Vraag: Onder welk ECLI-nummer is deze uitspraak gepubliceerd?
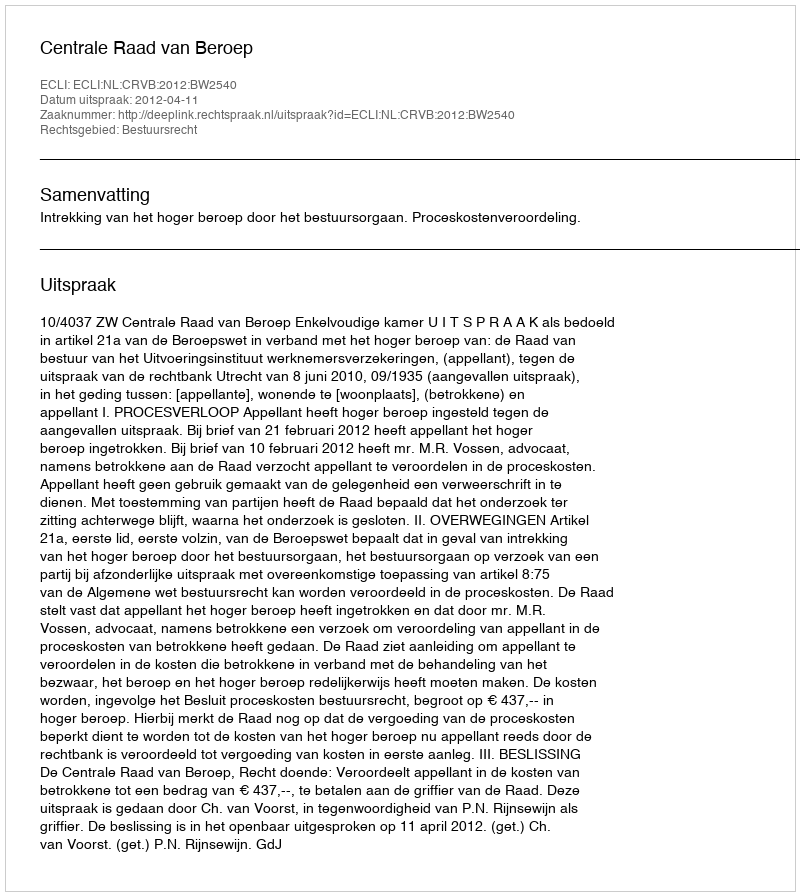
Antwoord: ECLI:NL:CRVB:2012:BW2540